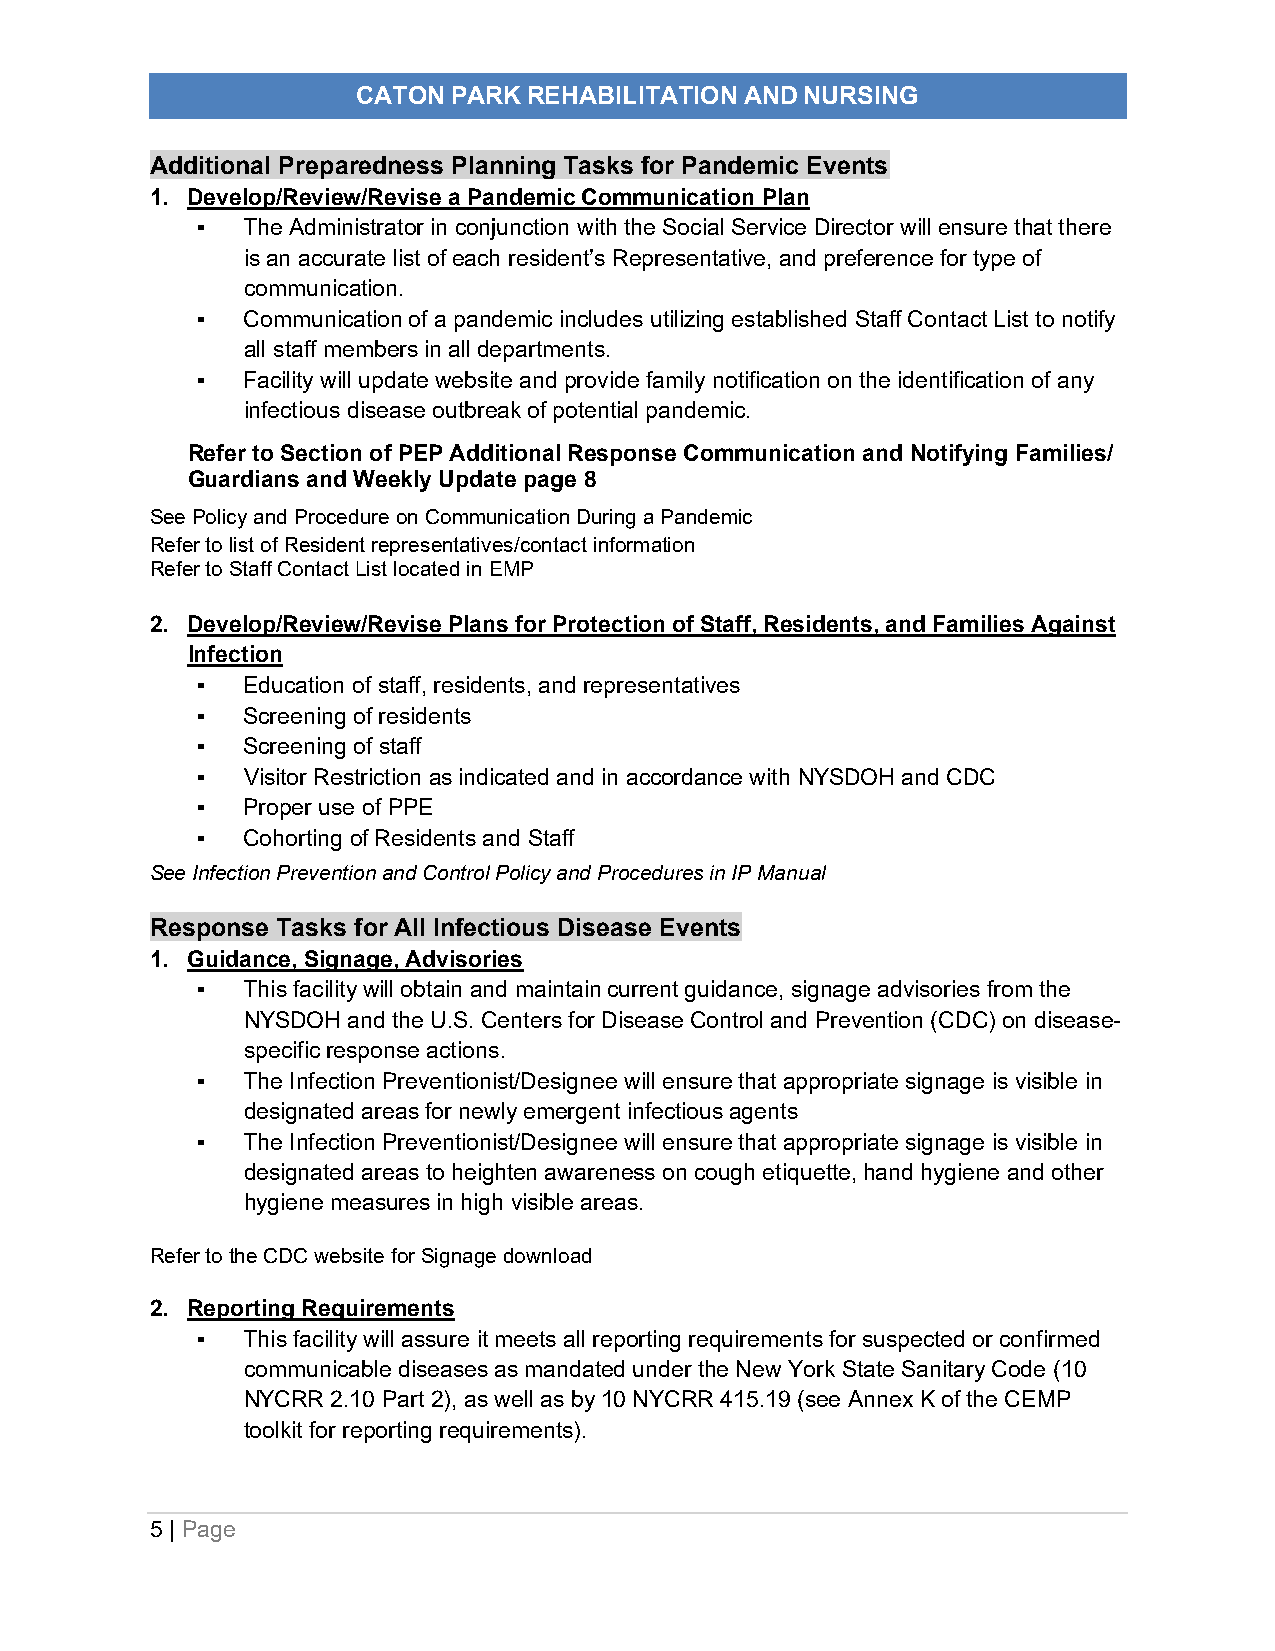
CATON PARK REHABILITATION AND NURSING
 PANDEMIC   EMERGENCY   PLAN
 Additional Preparedness Planning Tasks for Pandemic Events
 1. Develop/Review/Revise a Pandemic Communication Plan
 ▪  The Administrator in conjunction with the Social Service Director will ensure that there
 is an accurate list of each resident’s Representative, and preference for type of
 communication.
 ▪  Communication of a pandemic includes utilizing established Staff Contact List to notify
 all staff members in all departments.
 ▪  Facility will update website and provide family notification on the identification of any
 infectious disease outbreak of potential pandemic.
 Refer to Section of PEP Additional Response Communication and Notifying Families/
 Guardians and Weekly Update page 8
 See Policy and Procedure on Communication During a Pandemic
 Refer to list of Resident representatives/contact information
 Refer to Staff Contact List located in EMP
 2. Develop/Review/Revise Plans for Protection of Staff, Residents, and Families Against
 Infection
 ▪  Education of staff, residents, and representatives
 ▪  Screening of residents
 ▪  Screening of staff
 ▪  Visitor Restriction as indicated and in accordance with NYSDOH and CDC
 ▪  Proper use of PPE
 ▪  Cohorting of Residents and Staff
 See Infection Prevention and Control Policy and Procedures in IP Manual
 Response Tasks for All Infectious Disease Events
 1. Guidance, Signage, Advisories
 ▪  This facility will obtain and maintain current guidance, signage advisories from the
 NYSDOH and the U.S. Centers for Disease Control and Prevention (CDC) on disease-
 specific response actions.
 ▪  The Infection Preventionist/Designee will ensure that appropriate signage is visible in
 designated areas for newly emergent infectious agents
 ▪  The Infection Preventionist/Designee will ensure that appropriate signage is visible in
 designated areas to heighten awareness on cough etiquette, hand hygiene and other
 hygiene measures in high visible areas.
 Refer to the CDC website for Signage download
 2. Reporting Requirements
 ▪  This facility will assure it meets all reporting requirements for suspected or confirmed
 communicable diseases as mandated under the New York State Sanitary Code (10
 NYCRR 2.10 Part 2), as well as by 10 NYCRR 415.19 (see Annex K of the CEMP
 toolkit for reporting requirements).
 5 | Page